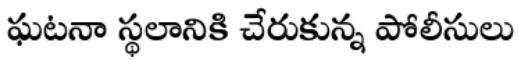
ఘటనా స్థలానికి చేరుకున్న పోలీసులు